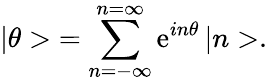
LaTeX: \left|\theta>\right.=\sum_{n=-\infty}^{n=\infty}\mathrm{e}^{in\theta}\left|n>\right..